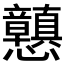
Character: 𭟪